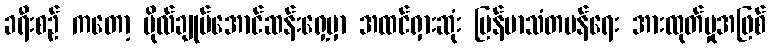
ခရီးစဉ် ကတော့ ဗိုလ်ချုပ်အောင်ဆန်းရှေ့မှာ အထင်ရှားဆုံး မြန်မာသံတမန်ရေး အားထုတ်မှုအဖြစ်